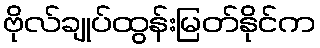
ဗိုလ်ချုပ်ထွန်းမြတ်နိုင်က